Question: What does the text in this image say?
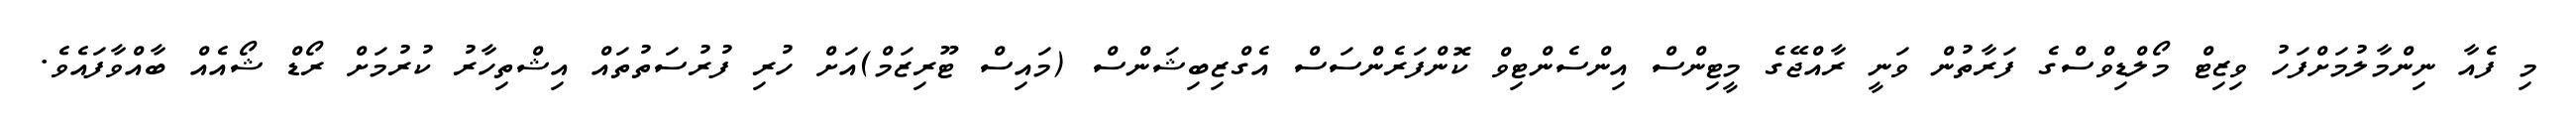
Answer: މި ފެއާ ނިންމާލުމަށްފަހު ވިޒިޓް މޯލްޑިވްސްގެ ފަރާތުން ވަނީ ރާއްޖޭގެ މީޓިންސް އިންސެންޓިވް ކޮންފަރެންސަސް އެގްޒިބިޝަންސް (މައިސް ޓޫރިޒަމް)އަށް ހުރި ފުރުސަތުތައް އިޝްތިހާރު ކުރުމަށް ރޯޑް ޝޯއެއް ބާއްވާފައެވެ.